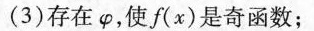
(3)存在\varphi ，使f(x)是奇函数；